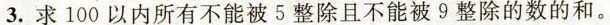
3. 求100以内所有不能被5整除且不能被9整除的数的和。